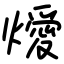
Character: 燰